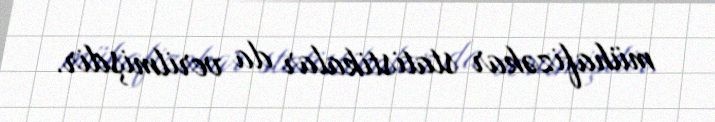
mühafizəkar statistikalar da verilmişdir.